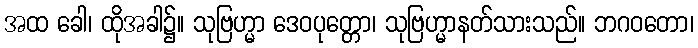
အထ ခေါ၊ ထိုအခါ၌။ သုဗြဟ္မာ ဒေဝပုတ္တော၊ သုဗြဟ္မာနတ်သားသည်။ ဘဂဝတော၊